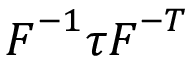
{ \boldsymbol { F } } ^ { - 1 } { \boldsymbol { \tau } } { \boldsymbol { F } } ^ { - T }